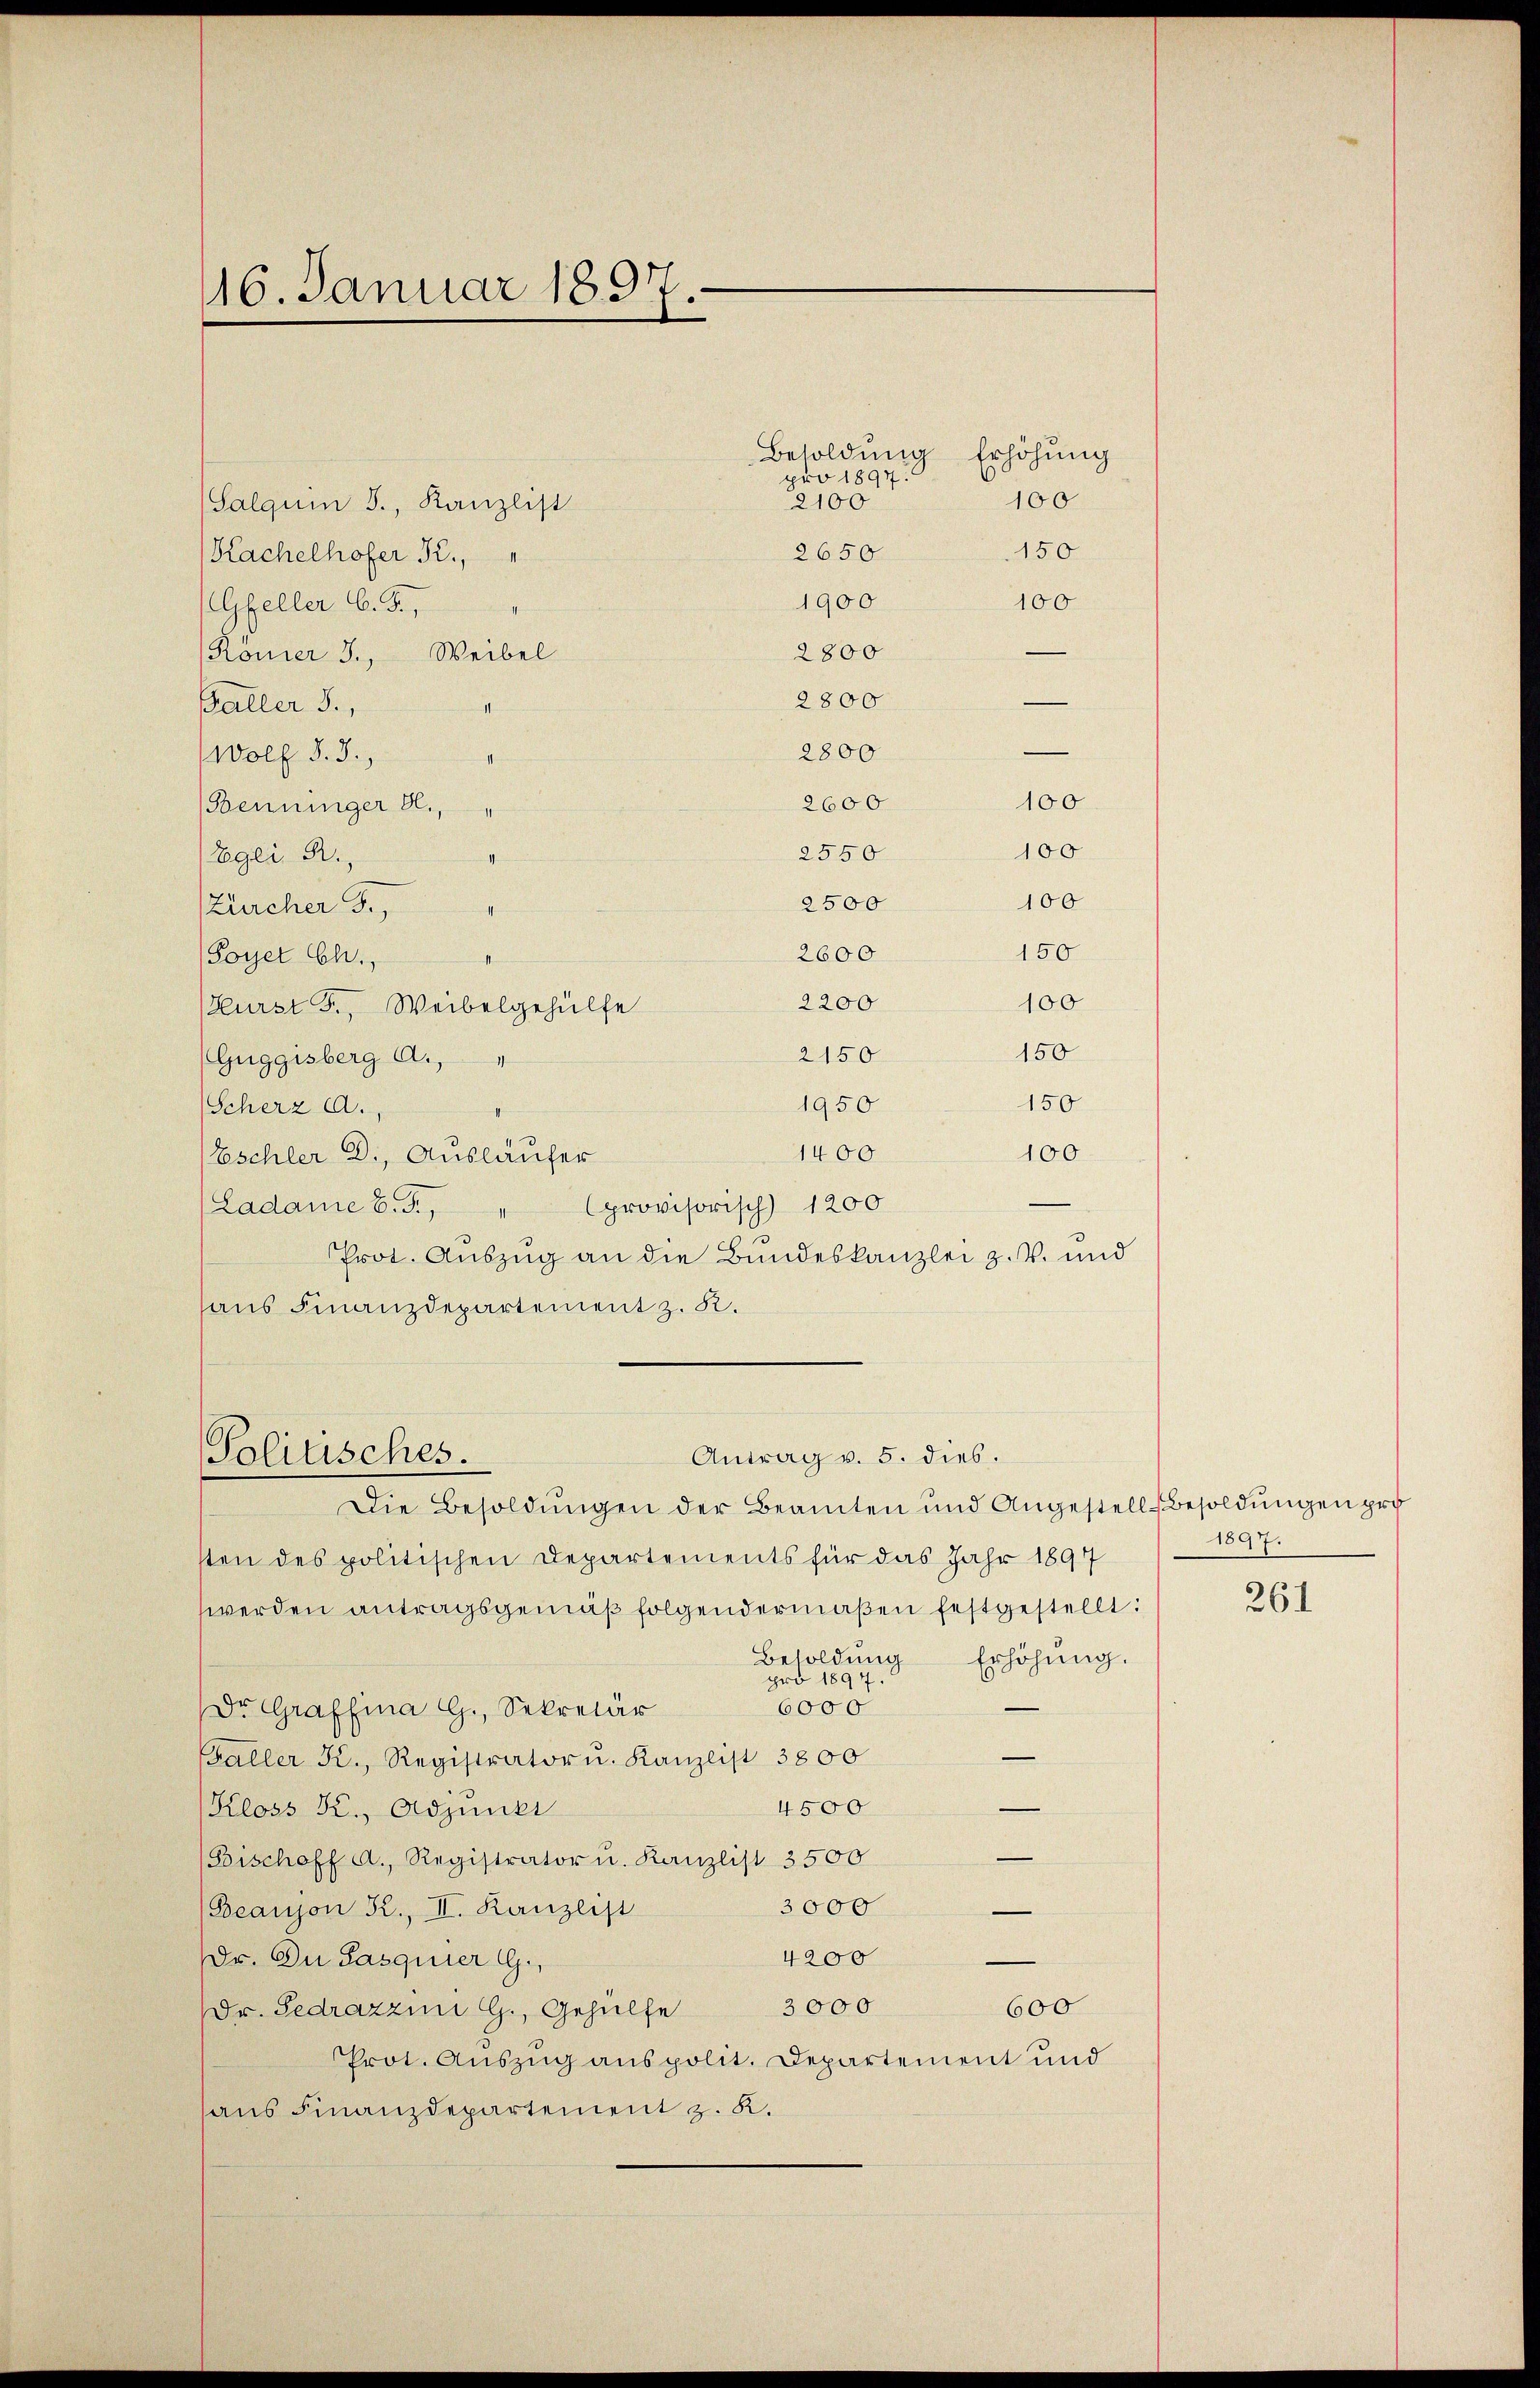
16. Januar 1897

(Salquin S., Kanzlist
Kachelhofer B.,
Gfeller C. F.,
(Römer 3., Weibel
Baller S.,
1
2800
Wolf §. 3.,
2600
Benninger B.,
2550
Egei R.
100
2500
Zürcher F.,
150
2600
Poyer Ch.,
2200
100
Hurst F., Weibelgehülfe
150
2150
Guggisberg A.,
150
1950
Scherz a.,
1400
100
Eschler D., Ausläufer
provisorisch) 1200
Ladame B. Fr
3
Prot. Auszug an die Bundeskanzlei z. B. und
haus Finanzdepartement z. R.

Besoldung Erhöhung
pro 1897.
100
2100
2650
150
1900
100
2800

2800

Antrag v. 5. dies.
Politisches.
Die Besoldŭngen der Beamten und Angestell-Besoldungen pro

100
100

sten des politischen Departements für das Jahr 1897
werden antragsgemäß folgendermaßen festgestellt:
Besoldung
Erhöhung.
pro 1897.
6000
Dr. Graffina G., Sekretär
Galler K., Registrator u. Kanzlist 3800
4500
Kloss Kr., Adjungi
(Bischoff A., Registrator u. Kanzlist 3500
3000
Beanjon R., II. Kanzlist
4200
Dr. Du Pasquier G.,
600
3000
Dr. Sedrazzini G., Gehülfe
Prot. Auszug aus polit. Departement und
aus Finanzdepartement z. R.

1897.

261